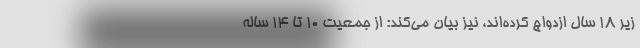
زیر ۱۸ سال ازدواج کرده‌اند، نیز بیان می‌کند: از جمعیت ۱۰ تا ۱۴ ساله